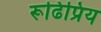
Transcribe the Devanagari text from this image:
रूढिप्रिय